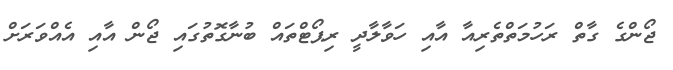
ޖޯންގެ ގާތް ރަހުމަތްތެރިއާ އާއި ހަވާލާދީ ރިޕޯޓްތައް ބުނާގޮތުގައި ޖޯން އާއި އެއްވަރަށް